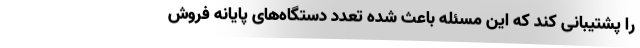
را پشتیبانی کند که این مسئله باعث شده تعدد دستگاه‌‌های پایانه فروش